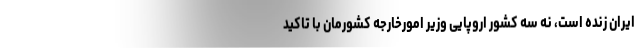
ایران زنده است، نه سه کشور اروپایی وزیر امورخارجه کشورمان با تاکید